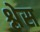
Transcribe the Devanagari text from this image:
श्लेस